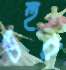
উহুর